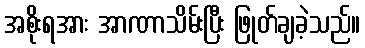
အစိုးရအား အာဏာသိမ်းပြီး ဖြုတ်ချခဲ့သည်။